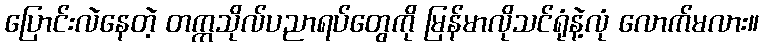
ပြောင်းလဲနေတဲ့ တက္ကသိုလ်ပညာရပ်တွေကို မြန်မာလိုသင်ရုံနဲ့လုံ လောက်မလား။